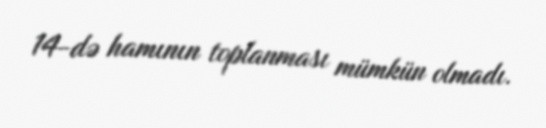
14-də hamının toplanması mümkün olmadı.